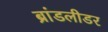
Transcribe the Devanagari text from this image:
ब्रांडलीडर